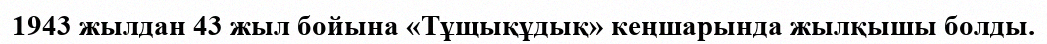
1943 жылдан 43 жыл бойына «Тұщықұдық» кеңшарында жылқышы болды.